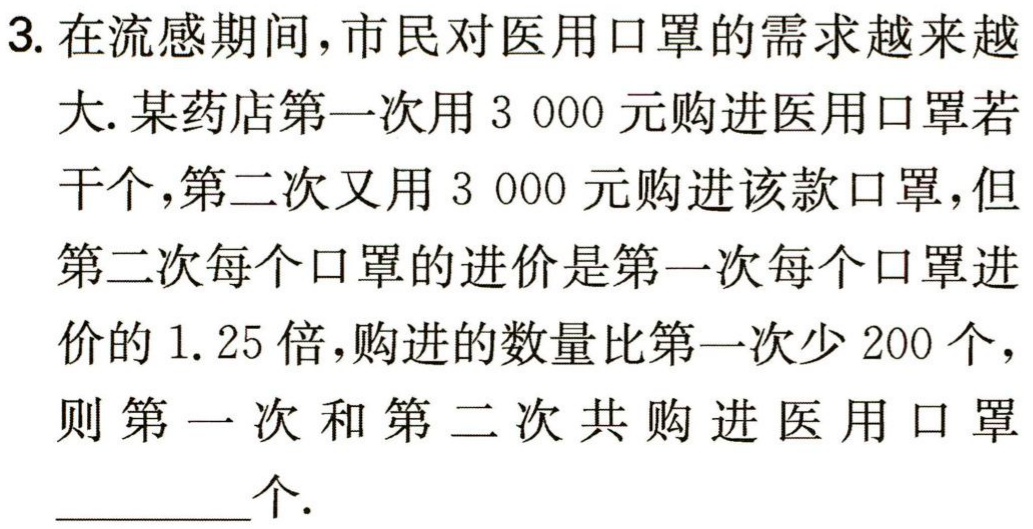
3. 在流感期间，市民对医用口罩的需求越来越大. 某药店第一次用$3\ 000$元购进医用口罩若干个，第二次又用$3\ 000$元购进该款口罩，但第二次每个口罩的进价是第一次每个口罩进价的$1.25$倍，购进的数量比第一次少$200$个，则第一次和第二次共购进医用口罩__________个.